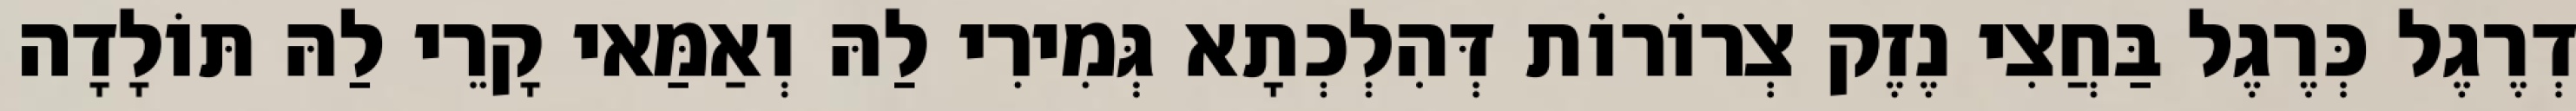
דְרֶגֶל כְּרֶגֶל בַּחֲצִי נֶזֶק צְרוֹרוֹת דְּהִלְכְתָא גְּמִירִי לַהּ וְאַמַּאי קָרֵי לַהּ תּוֹלָדָה